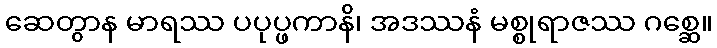
ဆေတွာန မာရဿ ပပုပ္ဖကာနိ၊ အဒဿနံ မစ္စုရာဇဿ ဂစ္ဆေ။